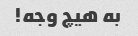
به هیچ وجه!